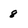
Character: 8